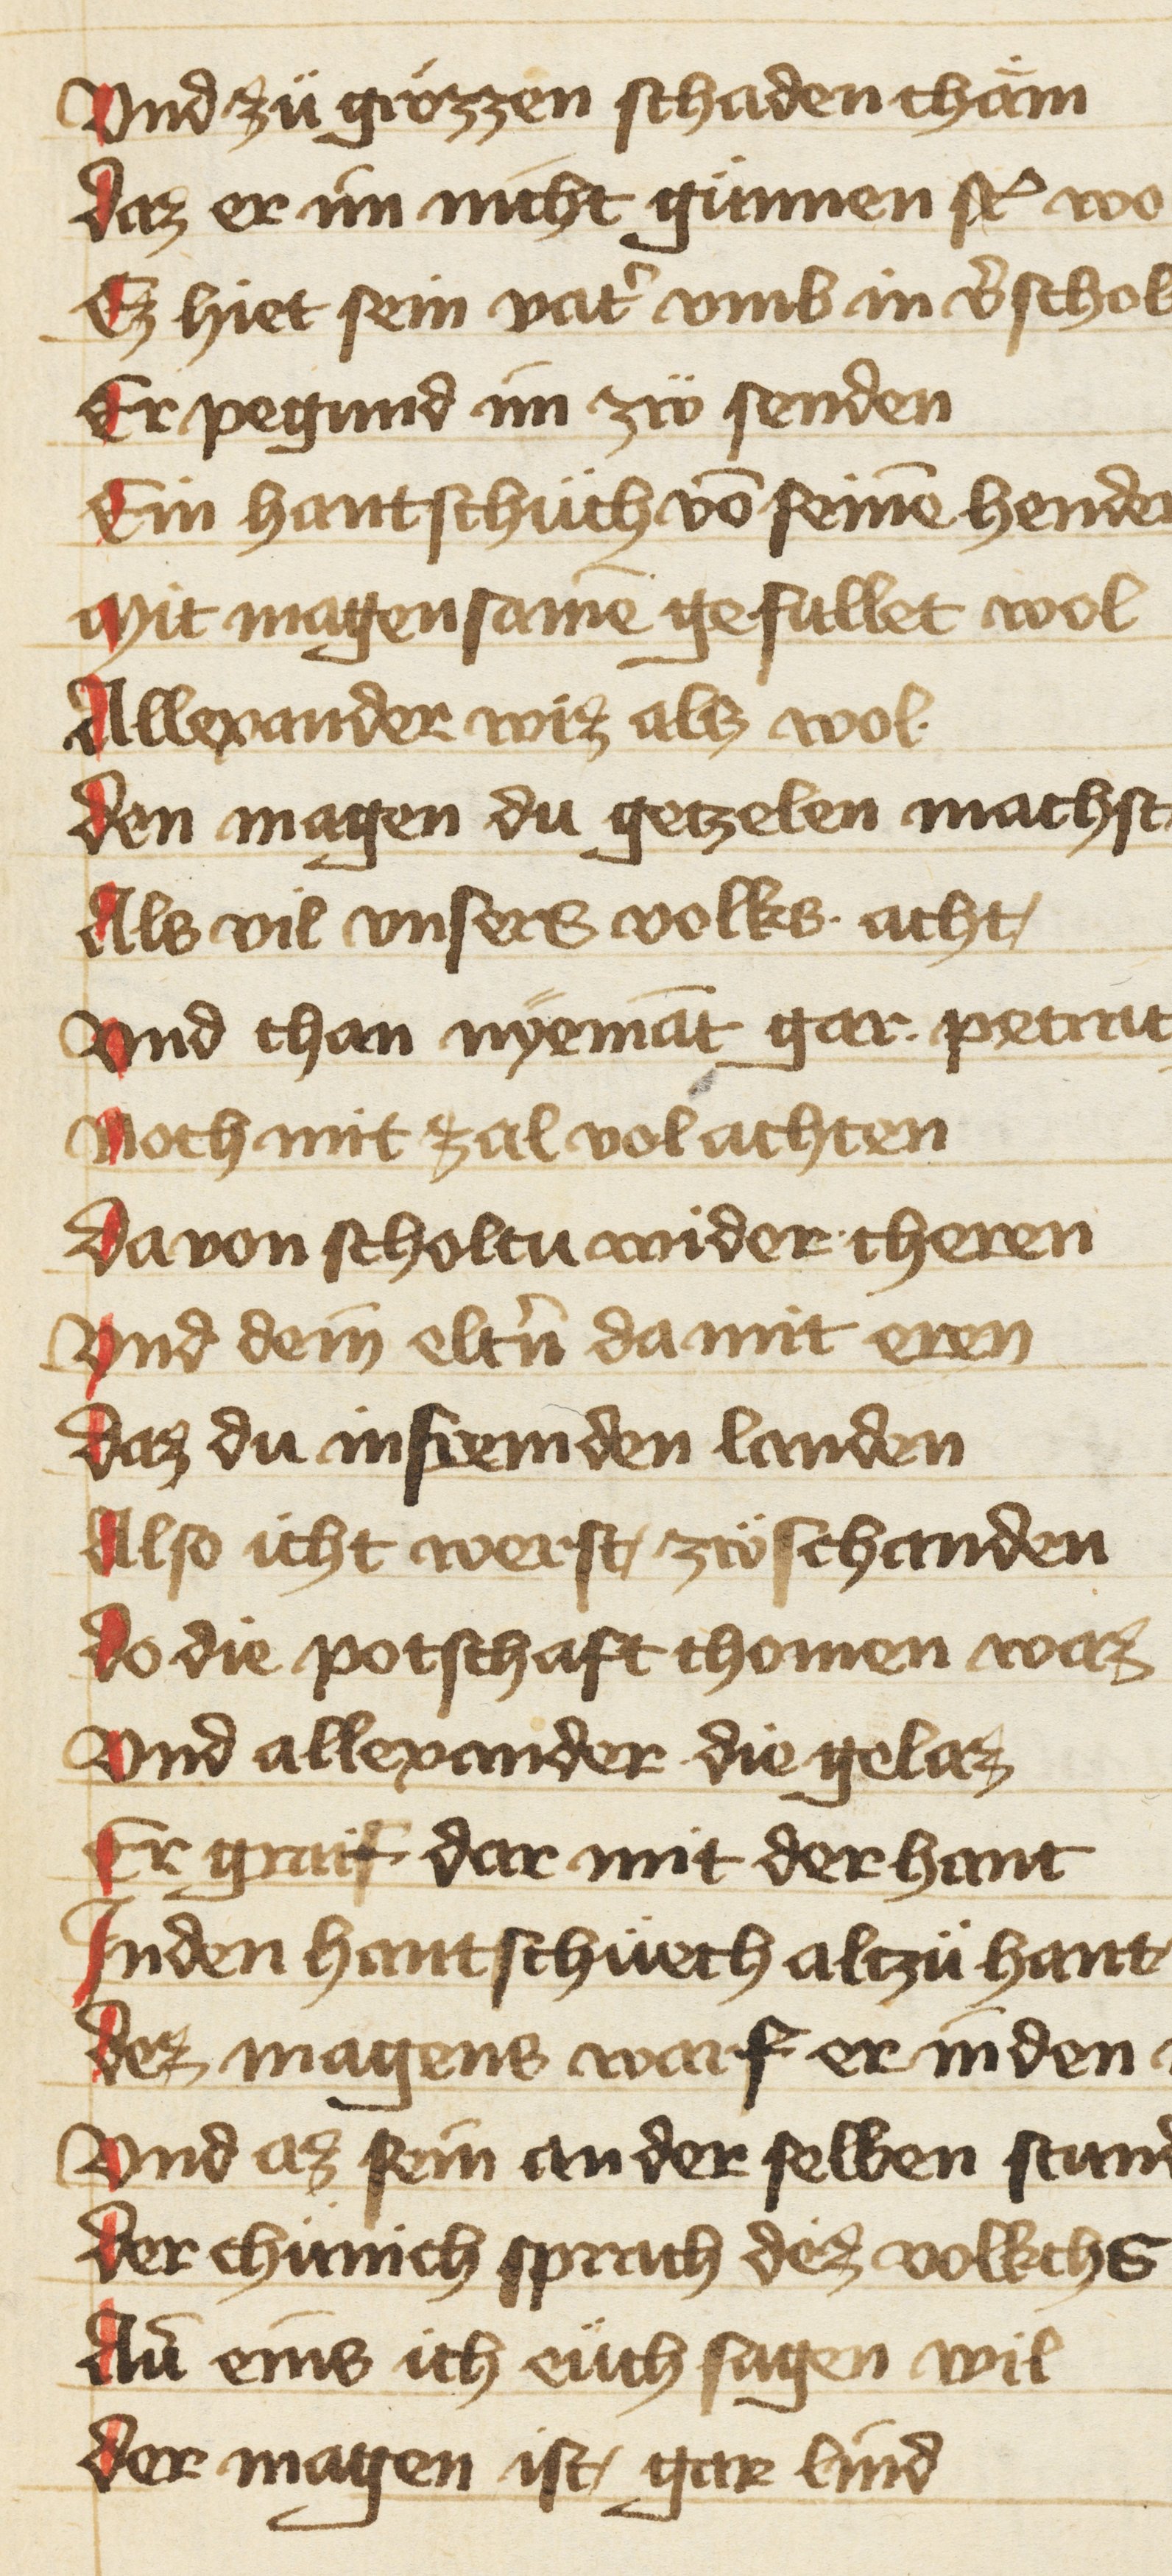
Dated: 1402–1402